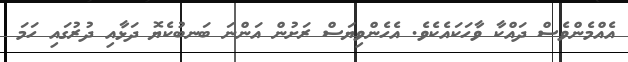
އެއްމެންވެސް ދައްކާ ވާހަކައެކެވެ. އެހެންވިޔަސް ރަށުން އަންނަ ބަނބުކެޔޮ ދަޅާއި ދުރުގައި ހަމަ